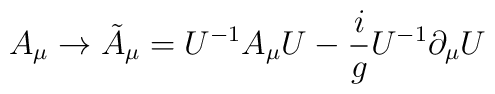
A_{\mu}\rightarrow \tilde{A}_{\mu} = U^{-1}A_{\mu}U - {i\over g}U^{-1}\partial_{\mu}U